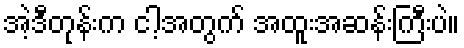
အဲ့ဒီတုန်းက ငါ့အတွက် အထူးအဆန်းကြီးပဲ။